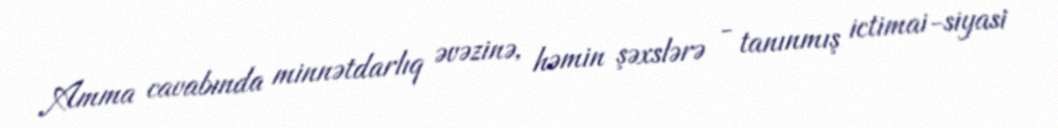
Amma cavabında minnətdarlıq əvəzinə, həmin şəxslərə - tanınmış ictimai-siyasi